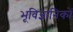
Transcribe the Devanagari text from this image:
भूविज्ञानिकों